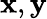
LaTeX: \mathbf x,\mathbf y